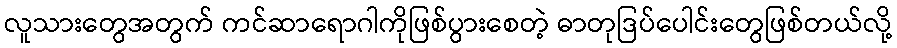
လူသားတွေအတွက် ကင်ဆာရောဂါကိုဖြစ်ပွားစေတဲ့ ဓာတုဒြပ်ပေါင်းတွေဖြစ်တယ်လို့